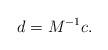
LaTeX: \begin{align*}d=M^{-1}c.\end{align*}